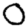
Digit: 0